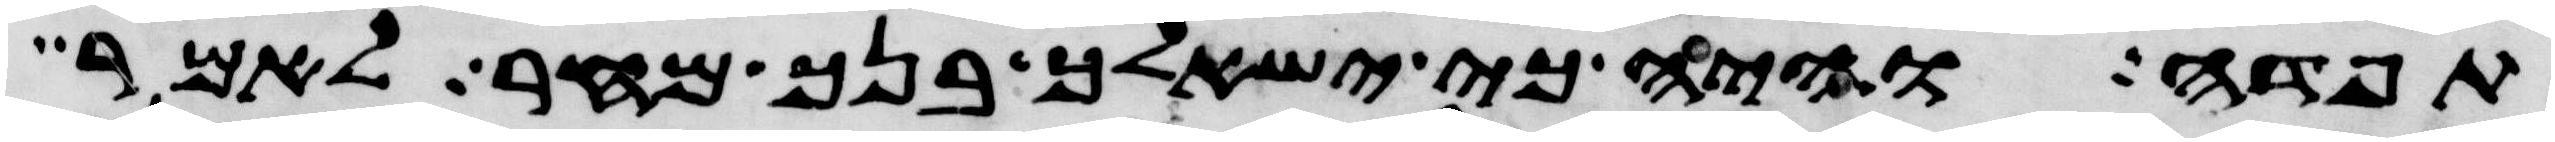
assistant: תפדה והיה כי ישאלך בנך מחר לאמר